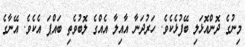
މިނުގެ ދޮންއޮޅަލި ބޭފުޅެކެވެ. ހަރުދަނާ އާއިލާ އެއްގެ ލޮބުވެތި ބައްޕަ އެކެވެ. އޭނާގެ